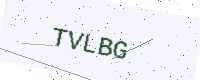
Text: TVLBG